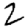
Digit: 2